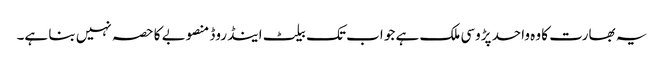
یہ بھارت کا وہ واحد پڑوسی ملک ہے جو اب تک بیلٹ اینڈ روڈ منصوبے کا حصہ نہیں بنا ہے۔